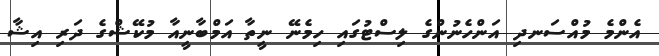
އެންމެ މުއްސަނދި އަންހެނުންގެ ލިސްޓުގައި ހިމެނޭ ނީތާ އަމްބާނީއާ މުކޭޝްގެ ދަރި އިޝާ